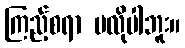
ကြည့်စရာ မလိုပါဘူး။